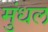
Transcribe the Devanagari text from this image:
मुंधल